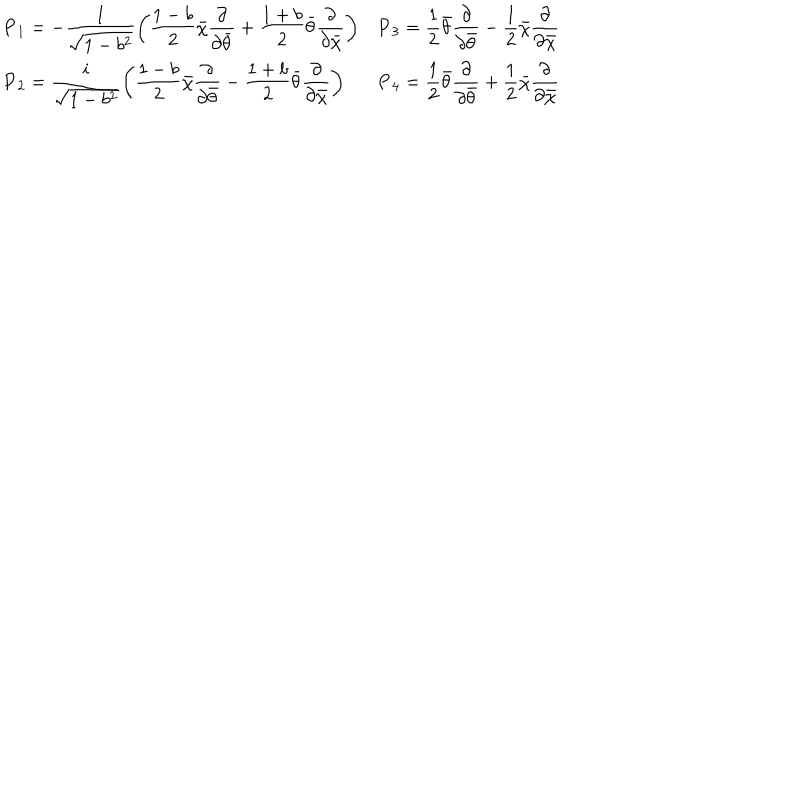
\begin{array} { l l } { { \displaystyle { \bf P } _ { 1 } = - \frac { 1 } { \sqrt { 1 - b ^ { 2 } } } \left( \frac { 1 - b } { 2 } \bar { \chi } \frac \partial { \partial \bar { \theta } } + \frac { 1 + b } { 2 } \bar { \theta } \frac \partial { \partial \bar { \chi } } \right) } } & { { \displaystyle { \bf P } _ { 3 } = \frac 1 2 \bar { \theta } \frac \partial { \partial \bar { \theta } } - \frac 1 2 \bar { \chi } \frac \partial { \partial \bar { \chi } } } } \\ { { \displaystyle { \bf P } _ { 2 } = \frac { i } { \sqrt { 1 - b ^ { 2 } } } \left( \frac { 1 - b } { 2 } \bar { \chi } \frac \partial { \partial \bar { \theta } } - \frac { 1 + b } { 2 } \bar { \theta } \frac \partial { \partial \bar { \chi } } \right) } } & { { \displaystyle { \bf P } _ { 4 } = \frac 1 2 \bar { \theta } \frac \partial { \partial \bar { \theta } } + \frac 1 2 \bar { \chi } \frac \partial { \partial \bar { \chi } } } } \\ \end{array}